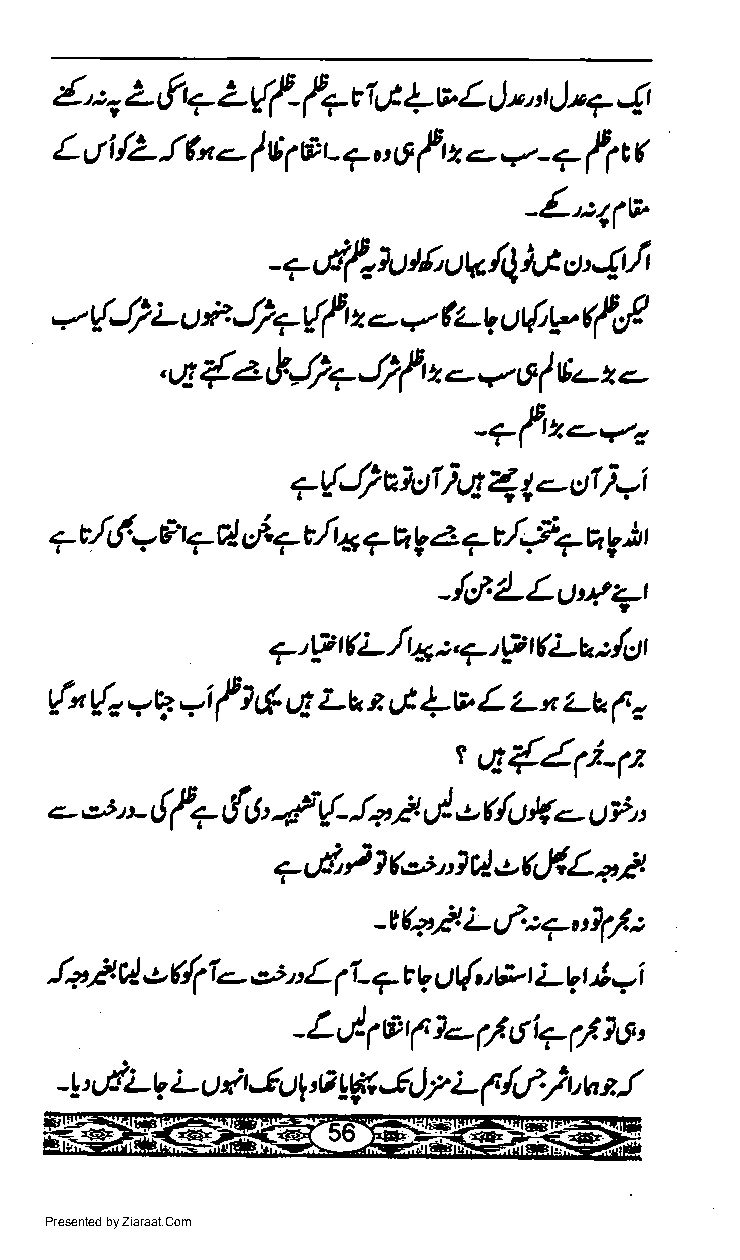
{, :-, z f4 L ff- f7 rt {v L;,.r|'+  4
 G
 (
 L,Ji lZ ltu.-           f    ?     ff
 f 6 1d' r, 7 u 6 ry.-. - ?
 -L.D1(v
 I
 -.-,,if-fut f,,,tV /4t t 4
 o,
 (,f
 4?{f        *
 t{J; L.)'d       z.-   ( tq u{'"
 =.                 t
 {
 q   z  &J}?  J}f  -  v    E-  -
 ,                z     6 I   *,
 '  '?t'z'vo
 *qJ)  uf ttr i * I <-a:rI )=i
 |
 tI!-
 {J.     tt
 7       v4d-':1.7 t/t x r h g a + + q
 V
 -{cl'LLu'rz-r
 7'pELla:.7,tP(Lalul
 (,
 {" Q       f } 6 q Lu e st 4 v L Lx z-e
 =q =i
 q{/-1t
 r
 .-.,t * { f7   -lV  l+ /.  o {u }k-  i;,,
 11,1,        J-         tt
 r' Xo;.,,1 cl,t Lf.L orl
 7,-d,
 -v(a/.Lsl*e"t?(/..
 (f
 la.Et c! o -  e n L I ? t ot{ub> LV t.'i,/i
 -   V      |
 _Lr+@ft
 -1/6Ff;\s,
 -L'dLttLL)^,t5()1'aLF&)/L{t/)'htl
 Presented by Ziaraat.Com